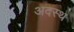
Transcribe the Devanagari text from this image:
अदस्थ